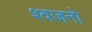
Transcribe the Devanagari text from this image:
श्वजनो